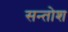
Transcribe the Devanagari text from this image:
सन्तोश